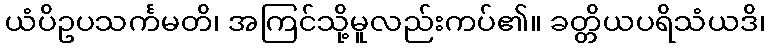
ယံပိဥပသင်္ကမတိ၊ အကြင်သို့မူလည်းကပ်၏။ ခတ္တိယပရိသံယဒိ၊